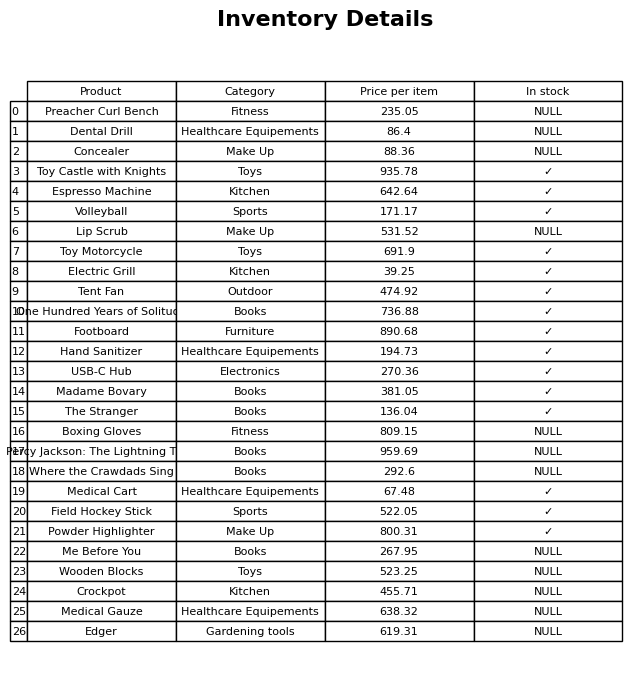
question: What is the price for Dental Drill?
answer: The price of Dental Drill is 86.4.